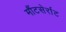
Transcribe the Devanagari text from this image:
मौंटसेर्राट